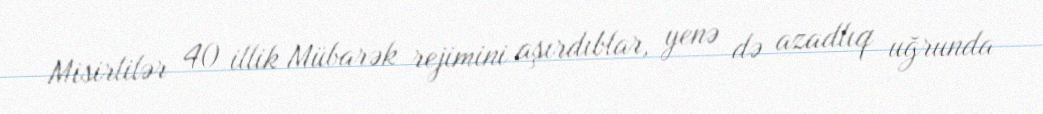
Misirlilər 40 illik Mübarək rejimini aşırdıblar, yenə də azadlıq uğrunda